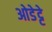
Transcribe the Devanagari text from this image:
ओडेट्टे